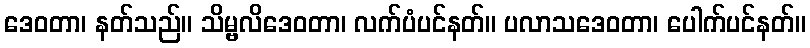
ဒေဝတာ၊ နတ်သည်။ သိမ္ဗလိဒေဝတာ၊ လက်ပံပင်နတ်။ ပလာသဒေဝတာ၊ ပေါက်ပင်နတ်။